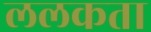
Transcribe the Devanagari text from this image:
ललकता